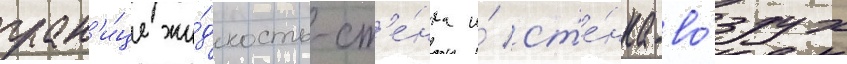
гран'и́це жи́дкость-ст'е́нка и́ ст'е́нка-во́здух